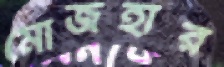
মোজহার